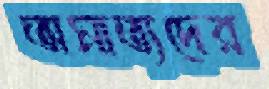
অমাত্যদের